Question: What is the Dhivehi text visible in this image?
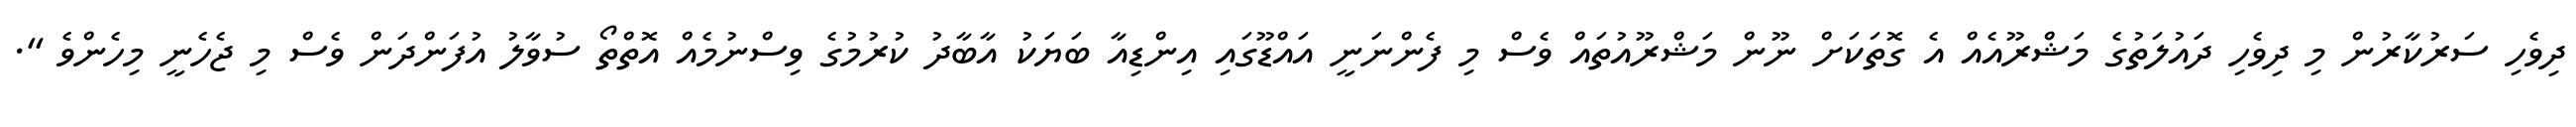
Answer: ދިވެހި ސަރުކާރުން މި ދިވެހި ދައުލަތުގެ މަޝްރޫއެއް އެ ގޮތަކަށް ނޫން މަޝްރޫއުތައް ވެސް މި ފެންނަނީ އައްޑޫގައި އިންޑިއާ ބަޔަކު އާބާދު ކުރުމުގެ ވިސްނުމެއް އޮތްތޯ ސުވާލު އުފަންދަން ވެސް މި ޖެހެނީ މިހެންވެ ".